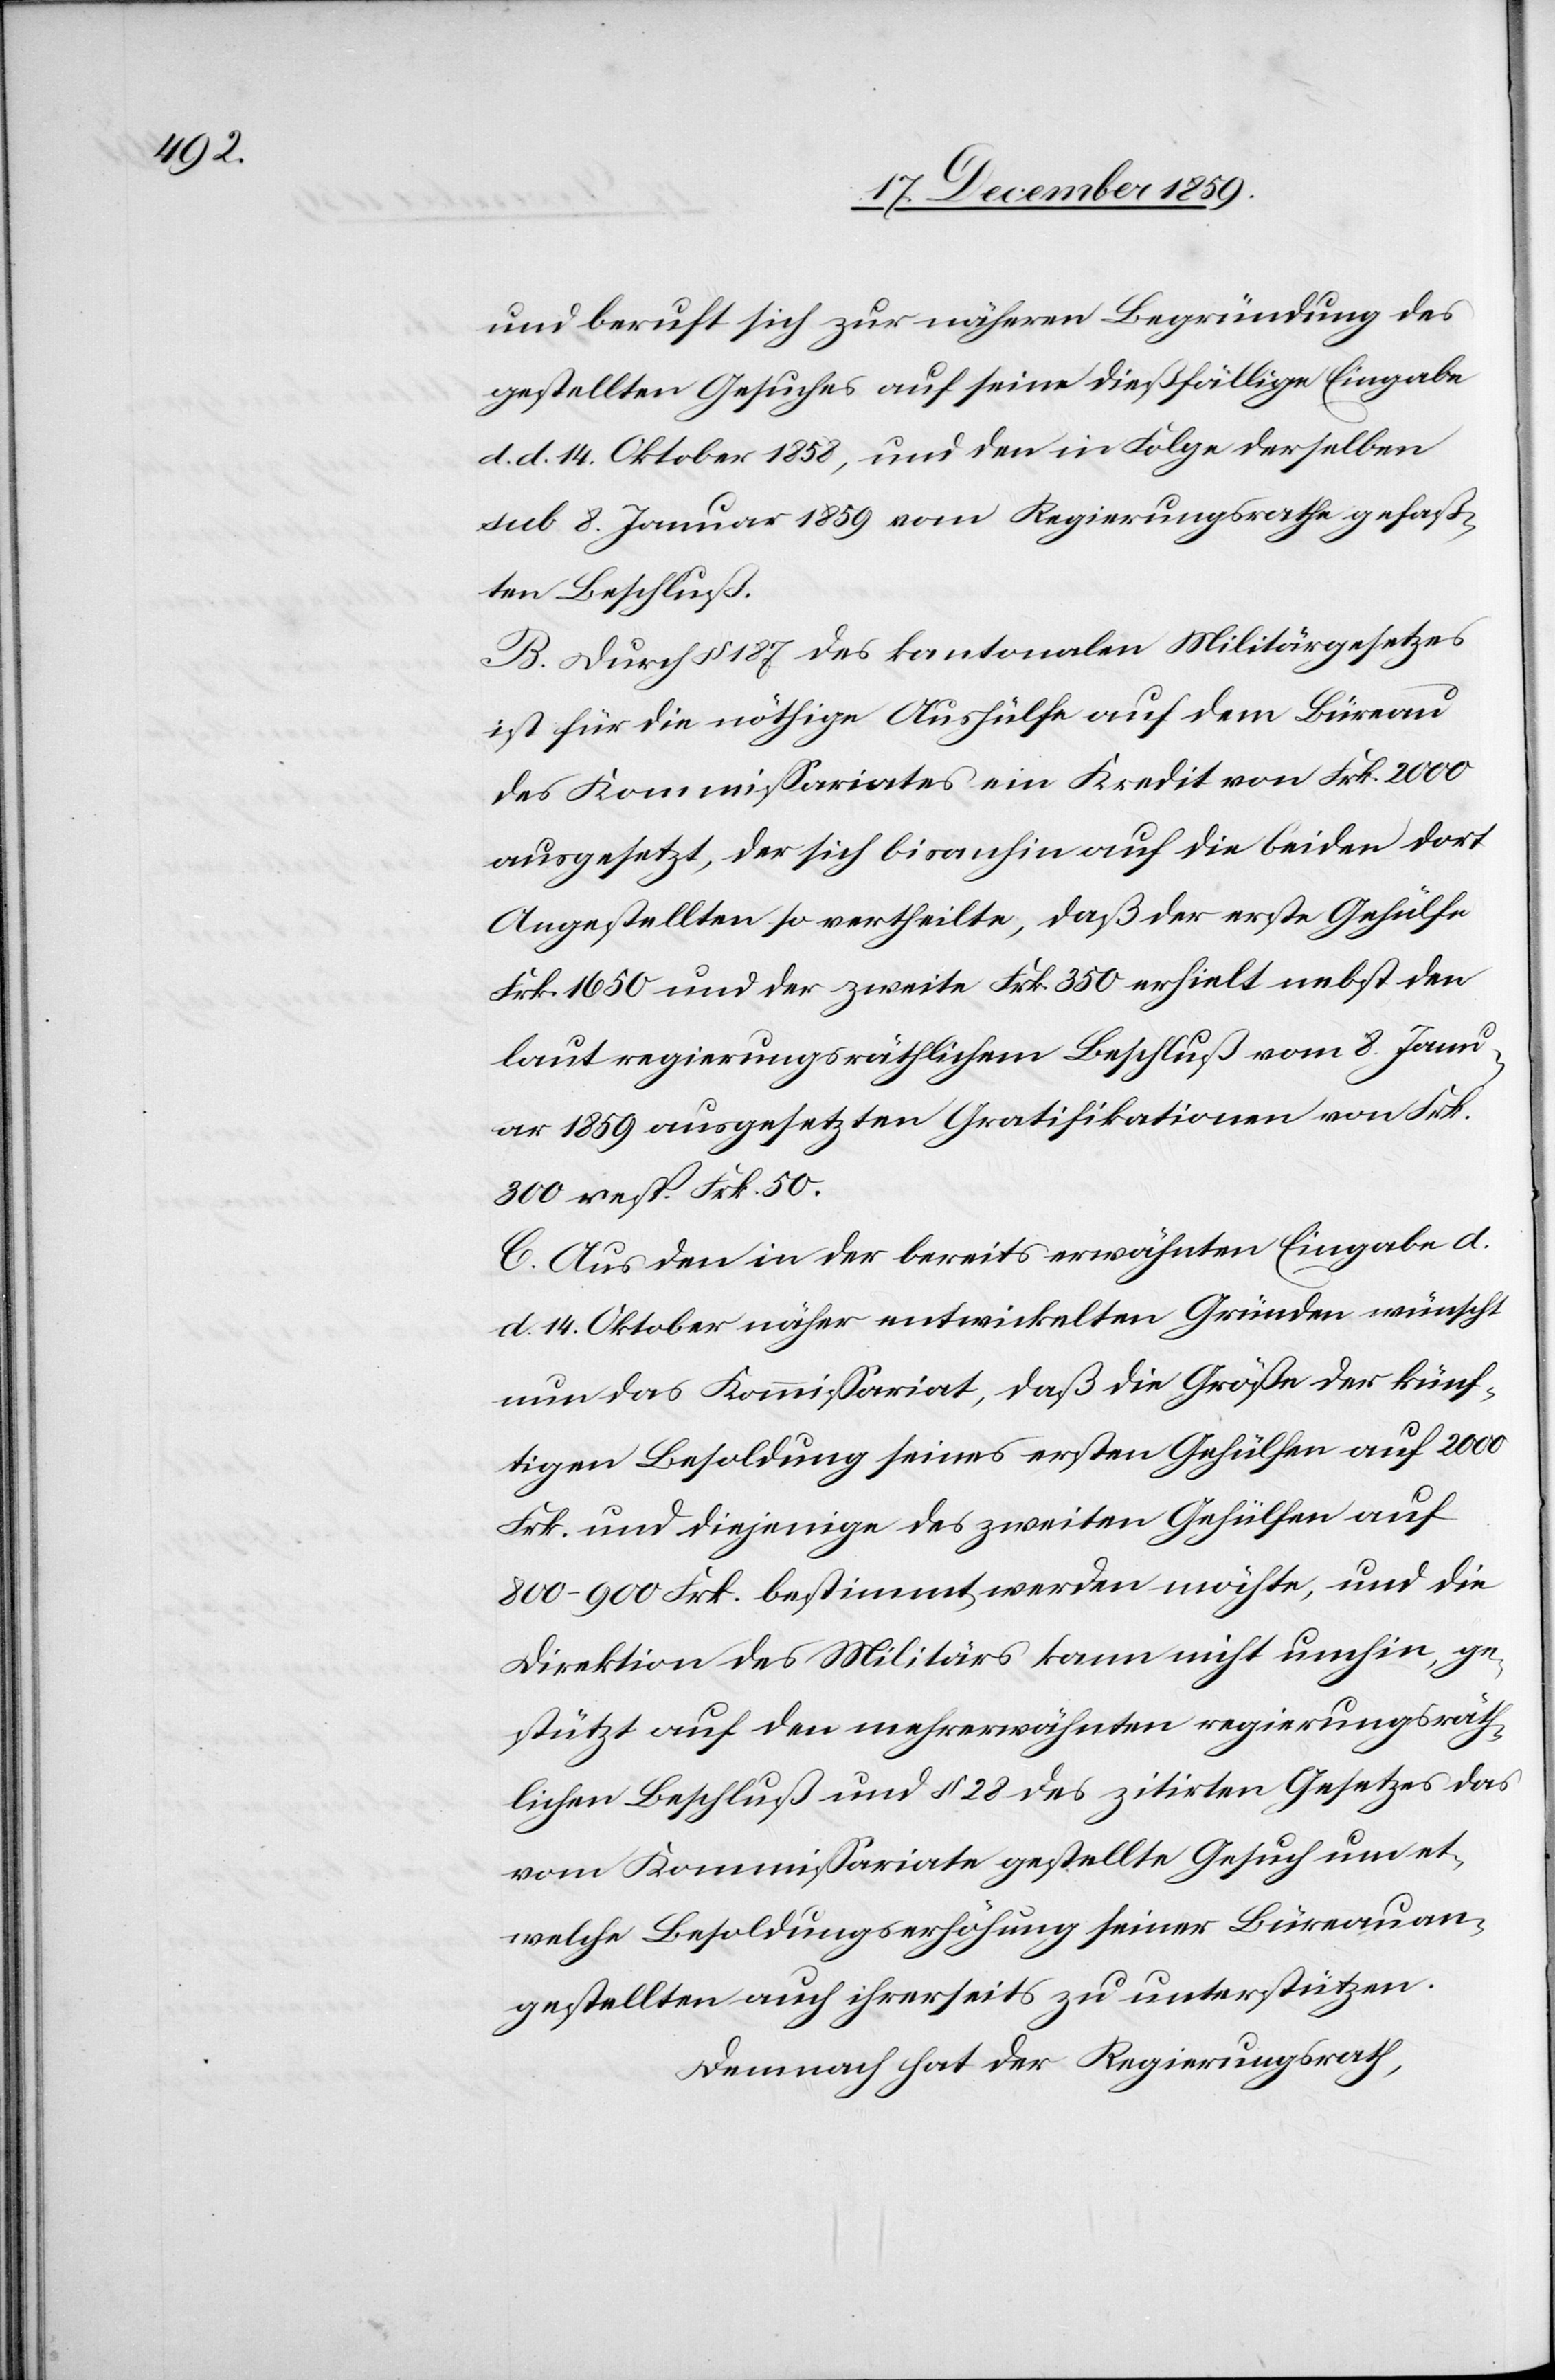
und beruft sich zur näheren Begründung des
gestellten Gesuches auf seine dießfällige Eingabe
d. d. 14. Oktober 1858, und den in Folge derselben
sub 8. Januar 1859 vom Regierungsrathe gefaßt¬
en Beschluß.
B. Durch § 187 des kantonalen Militärgesetzes
ist für die nöthig Aushülfe auf dem Büreau
des Kommissariates ein Kredit von Frk. 2000
ausgesetzt, der sich bisanhin auf die beiden dort
Angestellten so vertheilte, daß der erste Gehülfe
Frk. 1650 und der zweite Frk. 350 erhielt nebst den
laut regierungsräthlichem Beschluß vom 8. Janu¬
ar 1859 ausgesetzten Gratifikationen vor Frk.
300 resp. Frk. 50.
C. Aus den in der bereits erwähnten Eingabe d.
d. 14. Oktober näher entwickelten Gründen wünscht
nun das Kommissariat, daß die Größe der künf¬
tigen Besoldung seines ersten Gehülfen auf 2000
Frk. und diejenige des zweiten Gehülfen auf
800–900 Frk. bestimmt werden möchte, und die
Direktion des Militärs kann nicht umhin, ge¬
stützt auf den mehrerwähnten regierungsräth¬
lichen Beschluß und § 28 des zitirten Gesetzes das
vom Kommissariate gestellte Gesuch um et¬
welche Besoldungserhöhung seiner Büreauan¬
gestellten auch ihrerseits zu unterstützen.
Demnach hat der Regierungsrath,